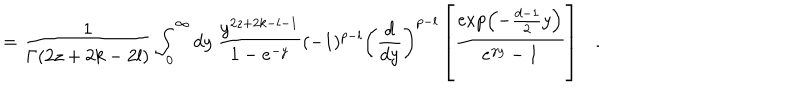
= { \frac { 1 } { \Gamma ( 2 z + 2 k - 2 l ) } } \int _ { 0 } ^ { \infty } d y ~ { \frac { y ^ { 2 z + 2 k - l - 1 } } { 1 - e ^ { - y } } } ( - 1 ) ^ { p - l } \left( { \frac { d } { d y } } \right) ^ { p - l } \left[ { \frac { \exp \left( - { \frac { d - 1 } { 2 } } y \right) } { e ^ { \gamma y } - 1 } } \right] .